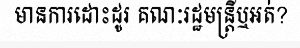
មានការដោះដូរ គណៈរដ្ឋមន្ត្រីឬអត់?